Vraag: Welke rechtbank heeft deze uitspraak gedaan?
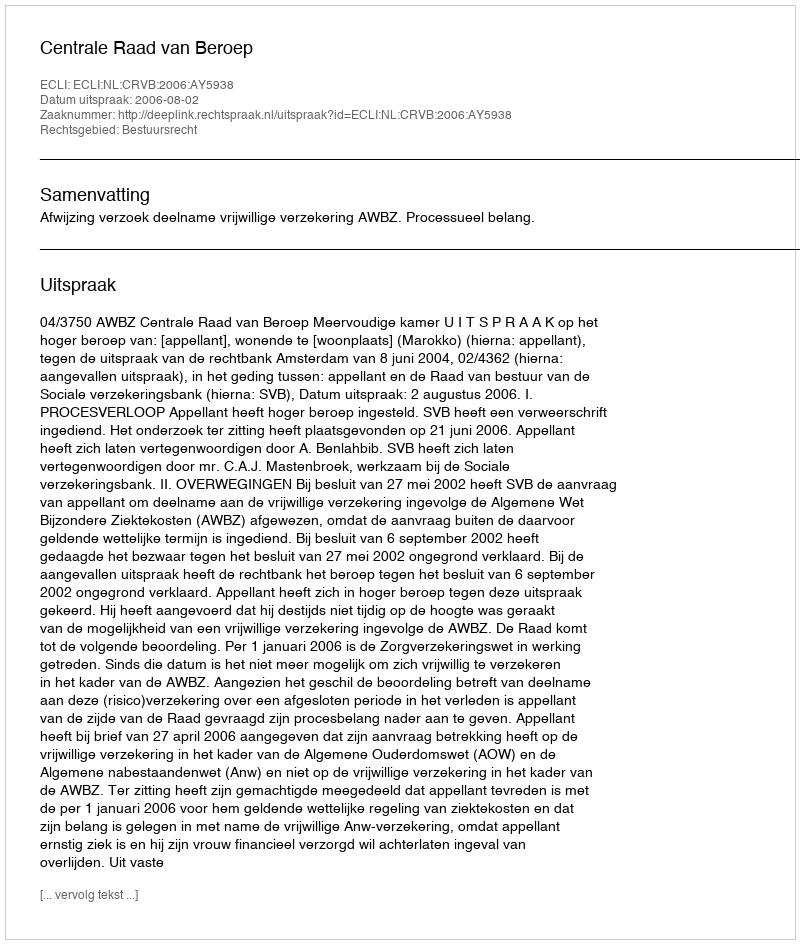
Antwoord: Centrale Raad van Beroep